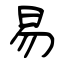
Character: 易